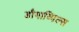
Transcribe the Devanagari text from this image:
डौगाव्पिल्स